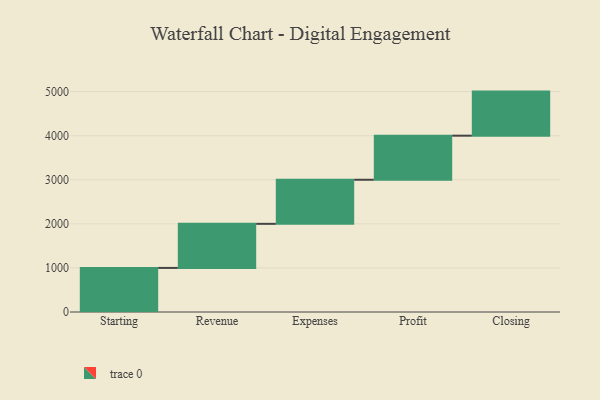
{"axis": {"x": "Step", "y": "Value"}, "legend": [""], "data": [{"x": "Starting", "y": 1000, "type": ""}, {"x": "Revenue", "y": 1000, "type": ""}, {"x": "Expenses", "y": 1000, "type": ""}, {"x": "Profit", "y": 1000, "type": ""}, {"x": "Closing", "y": 1000, "type": ""}]}